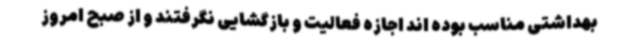
بهداشتی مناسب بوده اند اجازه فعالیت و بازگشایی نگرفتند و از صبح امروز